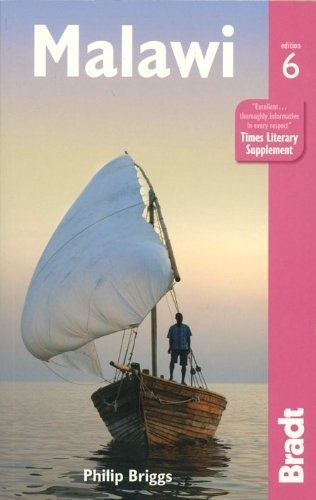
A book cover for Malawi (Bradt Travel Guides) by Briggs, Philip (2013) Paperback; Travel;